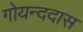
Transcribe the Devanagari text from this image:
गोयन्ददास